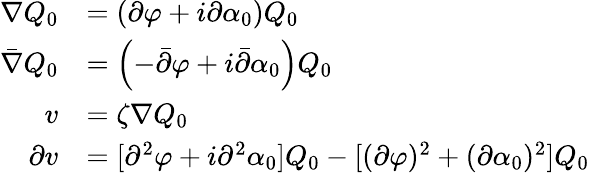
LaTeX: \begin{array}{rl}{\nabla Q_{0}}&{=\left(\partial\varphi+i\partial\alpha_{0}\right)Q_{0}}\\ {\bar{\nabla}Q_{0}}&{=\left(-\bar{\partial}\varphi+i\bar{\partial}\alpha_{0}\right)Q_{0}}\\ {v}&{=\zeta\nabla Q_{0}}\\ {\partial v}&{=[\partial^{2}\varphi+i\partial^{2}\alpha_{0}]Q_{0}-[(\partial\varphi)^{2}+(\partial\alpha_{0})^{2}]Q_{0}}\end{array}